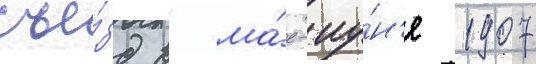
съе́зд в ма́е-иу́н'е 1907